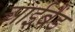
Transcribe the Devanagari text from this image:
आईबैंड